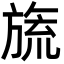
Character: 旒